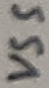
Text: VSS